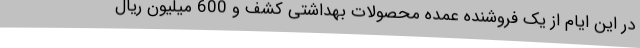
در این ایام از یک فروشنده عمده محصولات بهداشتی کشف و 600 میلیون ریال